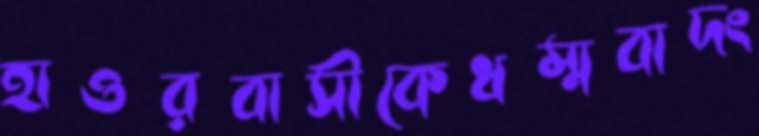
হাওরবাসীকেধম্মবাদং